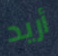
أريد